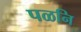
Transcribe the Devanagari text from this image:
पळनि